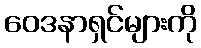
ဝေဒနာရှင်များကို